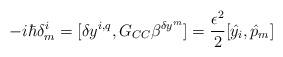
LaTeX: \begin{align*}-i\hbar \delta ^i_m = [\delta y^{i,q}, G_{CC}\beta ^{\delta y^m}]= \frac{\epsilon ^2}{2} [{\hat y}_i, {\hat p}_m] \end{align*}